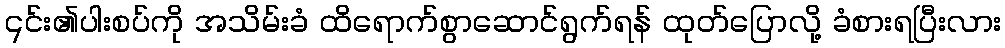
၎င်း၏ပါးစပ်ကို အသိမ်းခံ ထိရောက်စွာဆောင်ရွက်ရန် ထုတ်ပြောလို့ ခံစားရပြီးလား